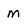
Character: m